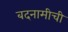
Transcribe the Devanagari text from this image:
बदनामीची